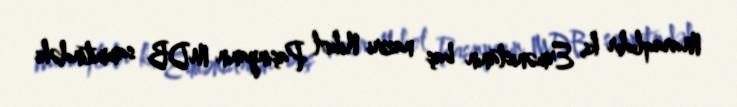
Maraqlıdır ki, Ermənistanın baş naziri Nikol Paşinyanın MDB sammitindəki